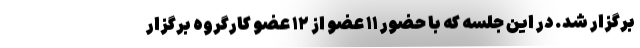
برگزار شد. در این جلسه که با حضور ۱۱ عضو از ۱۲ عضو کارگروه برگزار